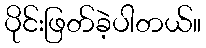
ပိုင်းဖြတ်ခဲ့ပါတယ်။